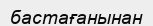
бастағанынан